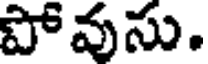
పోవుసు.